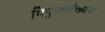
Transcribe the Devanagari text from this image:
विपुलसंख्यक